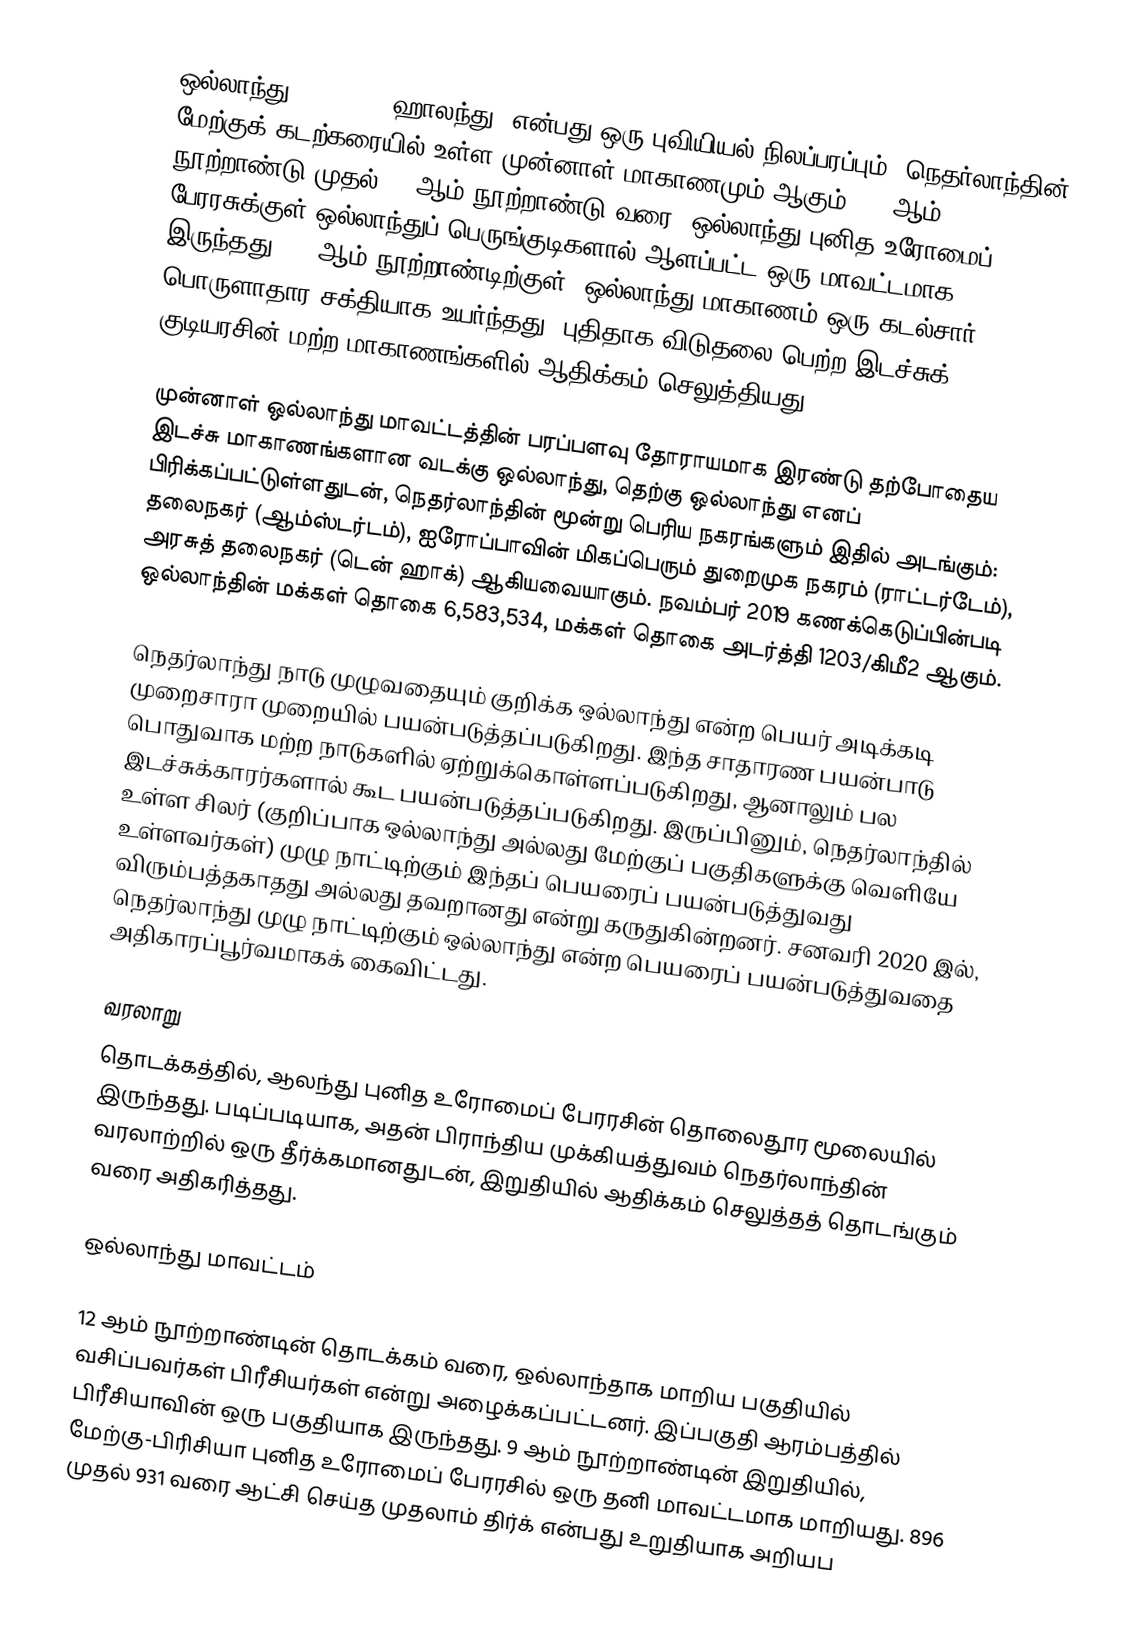
ஒல்லாந்து (Holland, ஹாலந்து) என்பது ஒரு புவியியல் நிலப்பரப்பும், நெதர்லாந்தின் மேற்குக் கடற்கரையில் உள்ள முன்னாள் மாகாணமும் ஆகும். 10 ஆம் நூற்றாண்டு முதல் 16 ஆம் நூற்றாண்டு வரை, ஒல்லாந்து புனித உரோமைப் பேரரசுக்குள் ஒல்லாந்துப் பெருங்குடிகளால் ஆளப்பட்ட ஒரு மாவட்டமாக இருந்தது. 17 ஆம் நூற்றாண்டிற்குள், ஒல்லாந்து மாகாணம் ஒரு கடல்சார், பொருளாதார சக்தியாக உயர்ந்தது, புதிதாக விடுதலை பெற்ற இடச்சுக் குடியரசின் மற்ற மாகாணங்களில் ஆதிக்கம் செலுத்தியது.

முன்னாள் ஒல்லாந்து மாவட்டத்தின் பரப்பளவு தோராயமாக இரண்டு தற்போதைய இடச்சு மாகாணங்களான வடக்கு ஒல்லாந்து, தெற்கு ஒல்லாந்து எனப் பிரிக்கப்பட்டுள்ளதுடன், நெதர்லாந்தின் மூன்று பெரிய நகரங்களும் இதில் அடங்கும்: தலைநகர் (ஆம்ஸ்டர்டம்), ஐரோப்பாவின் மிகப்பெரும் துறைமுக நகரம் (ராட்டர்டேம்), அரசுத் தலைநகர் (டென் ஹாக்) ஆகியவையாகும். நவம்பர் 2019 கணக்கெடுப்பின்படி ஒல்லாந்தின் மக்கள் தொகை 6,583,534, மக்கள் தொகை அடர்த்தி 1203/கிமீ2 ஆகும்.

நெதர்லாந்து நாடு முழுவதையும் குறிக்க ஒல்லாந்து என்ற பெயர் அடிக்கடி முறைசாரா முறையில் பயன்படுத்தப்படுகிறது. இந்த சாதாரண பயன்பாடு பொதுவாக மற்ற நாடுகளில் ஏற்றுக்கொள்ளப்படுகிறது, ஆனாலும் பல இடச்சுக்காரர்களால் கூட பயன்படுத்தப்படுகிறது. இருப்பினும், நெதர்லாந்தில் உள்ள சிலர் (குறிப்பாக ஒல்லாந்து அல்லது மேற்குப் பகுதிகளுக்கு வெளியே உள்ளவர்கள்) முழு நாட்டிற்கும் இந்தப் பெயரைப் பயன்படுத்துவது விரும்பத்தகாதது அல்லது தவறானது என்று கருதுகின்றனர். சனவரி 2020 இல், நெதர்லாந்து முழு நாட்டிற்கும் ஒல்லாந்து என்ற பெயரைப் பயன்படுத்துவதை அதிகாரப்பூர்வமாகக் கைவிட்டது.

வரலாறு
தொடக்கத்தில், ஆலந்து புனித உரோமைப் பேரரசின் தொலைதூர மூலையில் இருந்தது. படிப்படியாக, அதன் பிராந்திய முக்கியத்துவம் நெதர்லாந்தின் வரலாற்றில் ஒரு தீர்க்கமானதுடன், இறுதியில் ஆதிக்கம் செலுத்தத் தொடங்கும் வரை அதிகரித்தது.

ஒல்லாந்து மாவட்டம்

12 ஆம் நூற்றாண்டின் தொடக்கம் வரை, ஒல்லாந்தாக மாறிய பகுதியில் வசிப்பவர்கள் பிரீசியர்கள் என்று அழைக்கப்பட்டனர். இப்பகுதி ஆரம்பத்தில் பிரீசியாவின் ஒரு பகுதியாக இருந்தது. 9 ஆம் நூற்றாண்டின் இறுதியில், மேற்கு-பிரிசியா புனித உரோமைப் பேரரசில் ஒரு தனி மாவட்டமாக மாறியது. 896 முதல் 931 வரை ஆட்சி செய்த முதலாம் திர்க் என்பது உறுதியாக அறியப